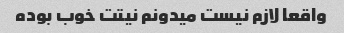
واقعا لازم نیست میدونم نیتت خوب بوده